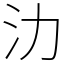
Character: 氻